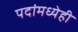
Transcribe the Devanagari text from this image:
पदांमध्येही